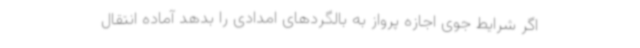
اگر شرایط جوی اجازه پرواز به بالگردهای امدادی را بدهد آماده انتقال